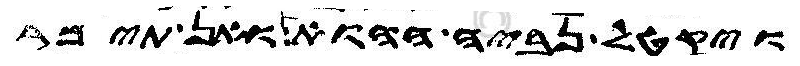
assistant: ויקטל נביה ההוא ואן תימר